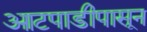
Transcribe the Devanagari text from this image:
आटपाडीपासून